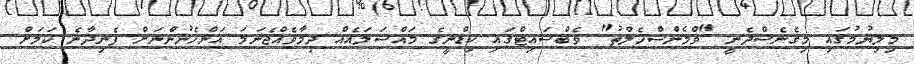
މިލިޔުމުގައި މިގެނެސްދެނީ "ވްމެންސްހެލްތު" ވެބްސައިޓްގައި ކިޑްނީގެ މައްސަލައެއް ދިމާވެއްޖެނަމަ އަންހެނުންނަށް ފެނިދާނެ ކަމަށް